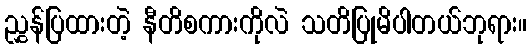
ညွှန်ပြထားတဲ့ နီတိစကားကိုလဲ သတိပြုမိပါတယ်ဘုရား။